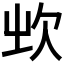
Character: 𣢑